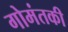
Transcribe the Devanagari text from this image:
गोमंतकी